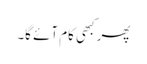
پھر کبھی کام آئے گا۔